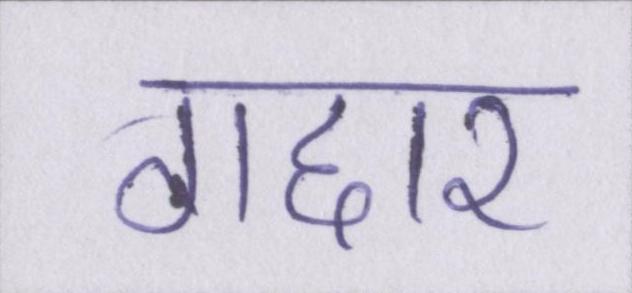
गद्दार